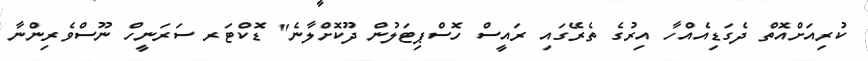
ކުރިއަށްއޮތް ދެގަޑިއެއްހާ އިރުގެ ތެރޭގައި ރައީސް ހޮސްޕިޓަލުން ދޫކޮށްލާނެ" ޑޮކްޓަރ ސަރަނީހް ނޫސްވެރިންނާ